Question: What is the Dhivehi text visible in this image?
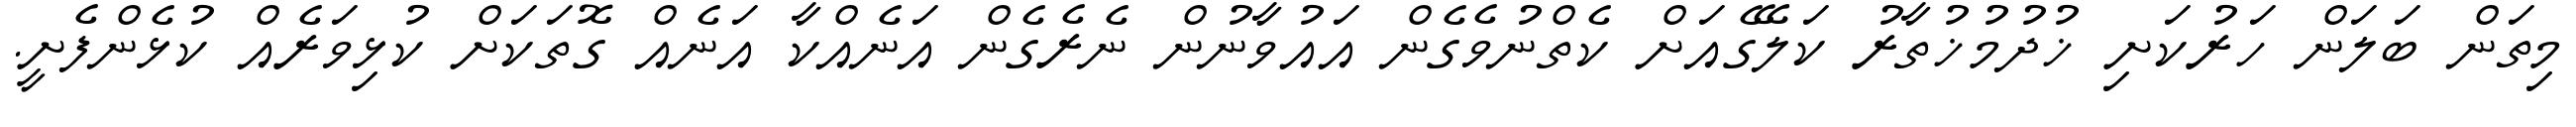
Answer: މިތަން ބަލަން ހަރުކަށި ޚުދުމުޚުތާރު ކަލޭގެއަށް ކެތްނުވެގެން އައުވާނުން ނެރެގެން އަނެއްކާ އަނެއް ގޮތަކަށް ކުޅިވަރެއް ކުޅެންފެށީ.